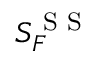
S _ { F } ^ { \textrm { S S } }